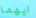
ايهما